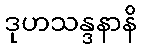
ဒုဟသန္ဒနာနိ